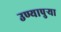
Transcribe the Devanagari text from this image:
उण्यापुर्‍या